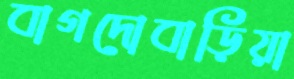
বাগদোবাড়িয়া